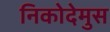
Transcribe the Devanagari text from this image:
निकोदेमुस